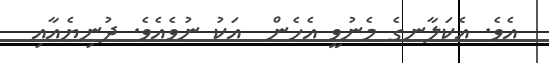
އެވެ. އެކަލާނގެ މެނުވީ އެހެން  އަކު ނުވެއެވެ. ދުނިޔެއާއި